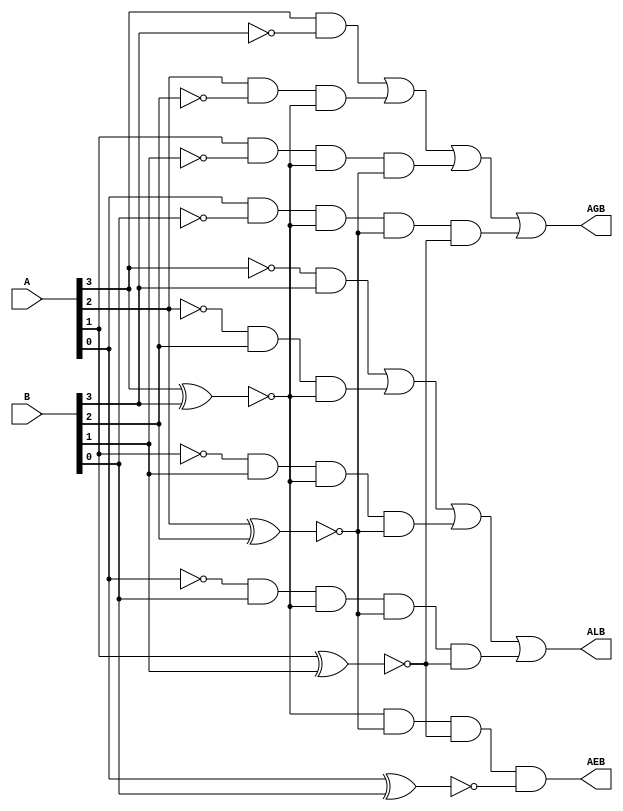
//We have to make a 4 bit magnitude comparator using behavioral, dataflow, gate level modelling
module comparator_gate(ALB, AGB, AEB, A , B);
    output ALB,AGB,AEB;
    input [3 : 0] A, B;
    wire [3 : 0] NotA, NotB,X,Y,Z;
    xnor
        x1(X[3],A[3],B[3]),
        x2(X[2],A[2],B[2]),
        x3(X[1],A[1],B[1]),
        x4(X[0],A[0],B[0]);
    and (AEB,X[3],X[2],X[1],X[0]);
    not
        n1(NotA[3],A[3]),
        n2(NotA[2],A[2]),
        n3(NotA[1],A[1]),
        n4(NotA[0],A[0]),
        n5(NotB[3],B[3]),
        n6(NotB[2],B[2]),
        n7(NotB[1],B[1]),
        n8(NotB[0],B[0]);
    and
        a1(Z[3],NotA[3],B[3]),
        a2(Y[3],A[3],NotB[3]),
        a3(Z[2],NotA[2],B[2],X[3]),
        a4(Y[2],A[2],NotB[2],X[3]),
        a5(Z[1],NotA[1],B[1],X[3],X[2]),
        a6(Y[1],A[1],NotB[1],X[3],X[2]),
        a7(Z[0],NotA[0],B[0],X[3],X[2],X[1]),
        a8(Y[0],A[0],NotB[0],X[3],X[2],X[1]);
    or
        o1(AGB,Y[3],Y[2],Y[1],Y[0]),
        o2(ALB,Z[3],Z[2],Z[1],Z[0]);
endmodule

module comparator_df(ALB, AGB, AEB, A , B);
    output ALB,AGB,AEB;
    input [3 : 0] A, B;
    wire [3 : 0] X;
    
    assign 
        X[3]=A[3] ~^ B[3],
        X[2]=A[2] ~^ B[2],
        X[1]=A[1] ~^ B[1],
        X[0]=A[0] ~^ B[0];
    
    assign 
        AEB=X[3] & X[2] & X[1] & X[0],
        AGB=(A[3] & ~B[3]) | (A[2] & ~B[2] & X[3]) | (A[1] & ~B[1] & X[3] & X[2]) | (A[0] & ~B[0] & X[3] & X[2] & X[1]),
        ALB=(~A[3] & B[3]) | (~A[2] & B[2] & X[3]) | (~A[1] & B[1] & X[3] & X[2]) | (~A[0] & B[0] & X[3] & X[2] & X[1]);
endmodule

module comparator_bh(ALB, AGB, AEB, A , B);
//NOTE: In behavioural, replace all the outputs/wires with reg
    output reg ALB,AGB,AEB;
    input [3 : 0] A, B;
    reg [3 : 0] X;

	always@(A or B)
	begin
		X[3] = A[3] ~^ B[3];
		X[2] = A[2] ~^ B[2];
        X[1] = A[1] ~^ B[1];
        X[0] = A[0] ~^ B[0];
        AEB=X[3] & X[2] & X[1] & X[0];
        AGB=(A[3] & ~B[3]) | (A[2] & ~B[2] & X[3]) | (A[1] & ~B[1] & X[3] & X[2]) | (A[0] & ~B[0] & X[3] & X[2] & X[1]);
        ALB=(~A[3] & B[3]) | (~A[2] & B[2] & X[3]) | (~A[1] & B[1] & X[3] & X[2]) | (~A[0] & B[0] & X[3] & X[2] & X[1]);
		
		if(ALB)
			$display("At %0d, A < B", $time);
		else if(AGB)
			$display("At %0d, A > B", $time);
		else if(AEB)
			$display("At %0d, A = B", $time);
	end
endmodule

module testbench;
	reg [3:0] A, B;
	wire ALB, AGB, AEB;
	//Switch between the three implementations of the comparator module
	comparator_bh comp(ALB, AGB, AEB, A , B);
	initial
		begin
			$monitor(,$time," A = %4b, A = %4b, ALB = %1b, AGB = %1b, AEB = %1b", A, B, ALB, AGB, AEB);
			#5 A=4'b0000; B=4'b0000;
			#5 A=4'b0001; B=4'b0010;
			#5 A=4'b0010; B=4'b0100;
			#5 A=4'b0011; B=4'b1000;
			#5 A=4'b0100; B=4'b1010;
			#5 A=4'b0101; B=4'b0010;
			#5 A=4'b0110; B=4'b0100;
			#5 A=4'b0111; B=4'b1000;
			#5 A=4'b1000; B=4'b1111;
			#5 A=4'b1001; B=4'b1000;
			#5 $finish;
        end
endmodule